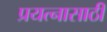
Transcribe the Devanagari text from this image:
प्रयत्‍नासाठी